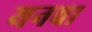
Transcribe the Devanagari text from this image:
यनवा